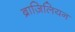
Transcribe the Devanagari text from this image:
ब्राज़िलियन